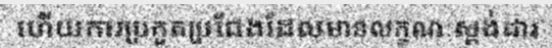
ហើយការប្រកួតប្រជែងដែលមានលក្ខណៈស្តង់ដារ